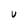
Character: U